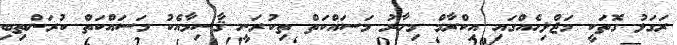
ރަގަޅު ގޮތަކީ މަޖްލިހެއްގައި އިކްރާމް މިހާރު މަސައްކަތް ތިކުރަނީ ޤާސިމާއެކު މަސައްކަތް ކުރަންތިބި